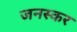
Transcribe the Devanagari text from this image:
जनस्‍कर